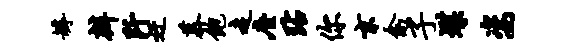
罅辨阡迂慕饱走座玷你京禽子堞姿